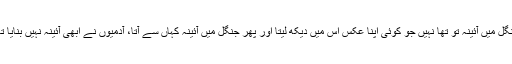
جنگل میں آئینہ تو تھا نہیں جو کوئی اپنا عکس اس میں دیکھ لیتا اور پھر جنگل میں آئینہ کہاں سے آتا، آدمیوں نے ابھی آئینہ نہیں بنایا تھا۔